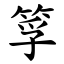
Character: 筟